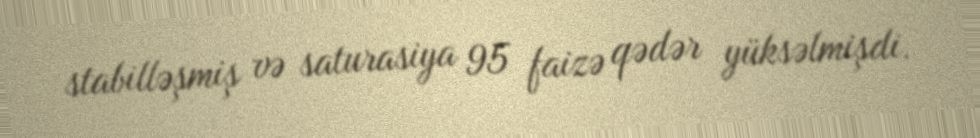
stabilləşmiş və saturasiya 95 faizə qədər yüksəlmişdi.